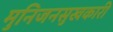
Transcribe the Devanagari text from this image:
मुनिजनसुखकारी